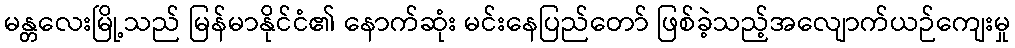
မန္တလေးမြို့သည် မြန်မာနိုင်ငံ၏ နောက်ဆုံး မင်းနေပြည်တော် ဖြစ်ခဲ့သည့်အလျောက်ယဉ်ကျေးမှု